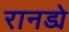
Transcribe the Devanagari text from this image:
रानड्ये